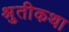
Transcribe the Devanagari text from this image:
श्रुतीकथा